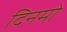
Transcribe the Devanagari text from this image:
दिनमो